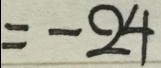
= - 2 4